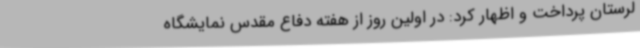
لرستان پرداخت و اظهار کرد: در اولین روز از هفته دفاع مقدس نمایشگاه